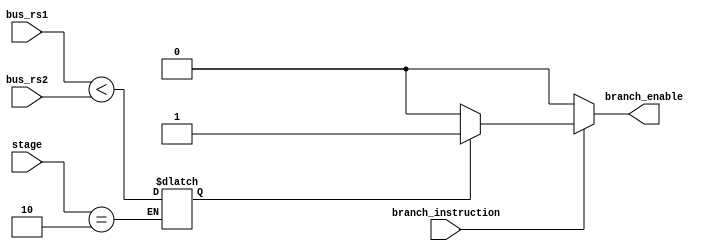
module Branch_Unit 
(
    input [1 :0] stage,
    input branch_instruction,

    input [31 : 0] bus_rs1,
    input [31 : 0] bus_rs2,

    output reg branch_enable
);
    reg branch_condition;

    always @(stage)
        if (stage == 2)
        begin
            branch_condition = bus_rs1 < bus_rs2;
        end

    always @(*)
    begin
        if (branch_instruction == 1)
        begin
            if (branch_condition)
                branch_enable = 1'b1;
            else
                branch_enable = 1'b0;
        end

        else
            branch_enable = 1'b0;
    end

endmodule